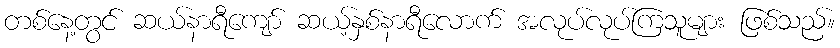
တစ်နေ့တွင် ဆယ်နာရီကျော် ဆယ့်နှစ်နာရီလောက် အလုပ်လုပ်ကြသူများ ဖြစ်သည်။